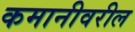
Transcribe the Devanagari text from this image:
कमानीवरील